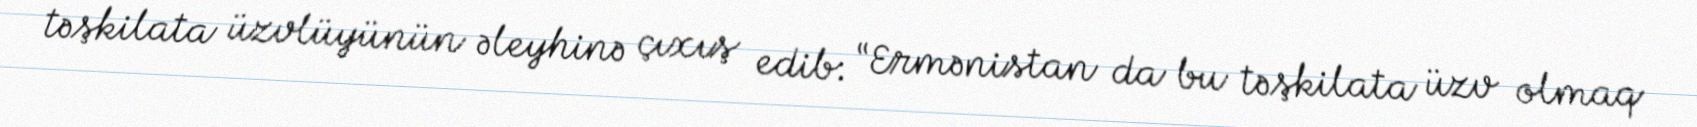
təşkilata üzvlüyünün əleyhinə çıxış edib: “Ermənistan da bu təşkilata üzv olmaq